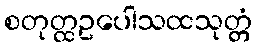
စတုတ္ထဥပေါသထသုတ္တံ